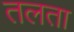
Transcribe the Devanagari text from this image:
तलता